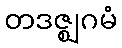
တဒဇ္ဈဂမံ